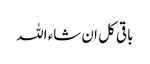
باقی کل ان شاء اللہ